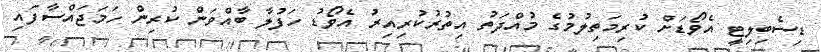
ޑިސެބިލިޓީ އެވޯޑަށް ކުރިމަތިލުމުގެ މުއްދަތު އިތުރުކުރިއިރު އެވޯޑު ހަފުލާ ބާއްވަން ކުރިން ހަމަޖައްސާފައި